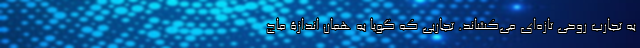
به تجارب روحی تازه‌ای می‌کشاند. تجاربی که گویا به همان اندازۀ ماج